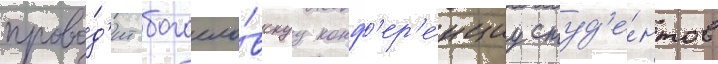
прово́д'ит богосло́вскуу конф'ер'е́нциу студ'е́нтов